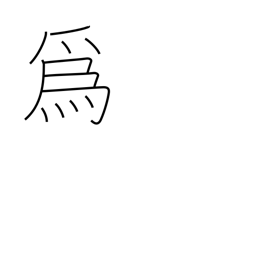
Meaning: be of use